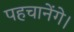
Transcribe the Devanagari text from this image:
पहचानेंगे।